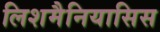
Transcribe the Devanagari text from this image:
लिशमैनियासिस